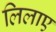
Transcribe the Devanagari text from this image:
लिलाए